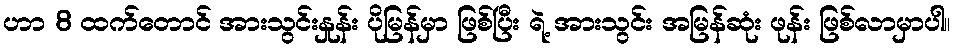
ဟာ 8 ထက်တောင် အားသွင်းနှုန်း ပိုမြန်မှာ ဖြစ်ပြီး ရဲ့ အားသွင်း အမြန်ဆုံး ဖုန်း ဖြစ်လာမှာပါ။